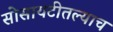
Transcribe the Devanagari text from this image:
सोसायटीतल्याच